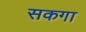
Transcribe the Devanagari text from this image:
सकगा